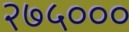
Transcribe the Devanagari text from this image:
२७५०००